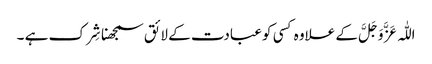
اللّٰہ عَزَّ وَجَلَّ کے علاوہ کسی کو عبادت کے لائق سمجھنا شِرک ہے ۔